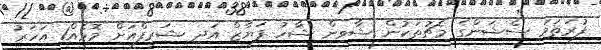
ފުރަތަމަ ސެޝަންގެ މެޗުތަކުން ޝާވިން ޝާހު ފަޔާޒް އަދި ޝަރީފްއަށް މޮޅެއް1 އަހަރު